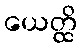
ယေတ္ထိ